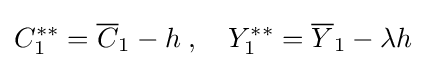
C_{1}^{**}={\overline {C}}_{1}-h\;,\quad Y_{1}^{**}={\overline {Y}}_{1}-\lambda h\;